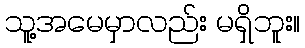
သူ့အမေမှာလည်း မရှိဘူး။